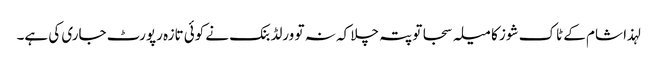
لہذا شام کے ٹاک شوز کا میلہ سجا تو پتہ چلا کہ نہ تو ورلڈ بنک نے کوئی تازہ رپورٹ جاری کی ہے۔